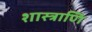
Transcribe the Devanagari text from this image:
शास्त्राणि